system: You are a helpful assistant.
user:
Analyze the provided spectrum to determine if it is a **White Dwarf (WD)**.

A White Dwarf spectrum is defined by its **extreme purity** (due to gravitational settling) and/or **extreme pressure broadening** (due to high surface gravity). You must check for one of the following mutually exclusive signatures:

- **Key Visual Indicators (Check for ONE of these types):**

    - **1. DA-Type Signature (Most Common):**
        - **(Primary Feature):** Extreme pressure broadening (Stark broadening) of the **Hydrogen (H) Balmer lines**.
        - **(Key Lines):** $H\beta$ (approx. $4861$ Å) and $H\gamma$ (approx. $4340$ Å). $H\alpha$ (approx. $6563$ Å) will also be present if the wavelength range covers it.
        - **(Line Profile):** This is the **defining feature**. The lines are **NOT** sharp. They appear as massive, **extremely broad and deep "troughs" or "dips"** in the spectrum, often hundreds of Ångströms wide. The continuum will appear to "scoop" down at these wavelengths.
        - **(Distinction):** Normal A-type or B-type stars have *narrow* and *sharp* Hydrogen lines. A DA White Dwarf's lines are unmistakably "smeared" or "blurry" from pressure.

    - **2. DB-Type Signature:**
        - **(Primary Feature):** Broad absorption lines from **Neutral Helium (He I)**. The spectrum must lack any visible Hydrogen lines.
        - **(Key Lines):** Look for broad absorption near $4471$ Å, $4921$ Å, and $5876$ Å.
        - **(Line Profile):** These lines are also significantly pressure-broadened, appearing much wider than they would in a normal B-type main-sequence star.

    - **3. DC-Type Signature:**
        - **(Primary Feature):** A **featureless continuous spectrum**.
        - **(Line Profile):** The spectrum is a smooth curve with **no significant absorption or emission lines**.
        - **(Key Confirmation):** The continuum is almost always **blue or white**, indicating a hot object. This signature implies the atmosphere is so pure (or so cool) that no spectral lines are visible in the optical range. Its WD identity is confirmed by its extremely low intrinsic brightness (high absolute magnitude).

    - **4. DZ-Type Signature (Metal-Polluted):**
        - **(Primary Feature):** **Isolated, narrow metal absorption lines** on an otherwise featureless (DC-like) continuum.
        - **(Key Lines):** The **Calcium (Ca II) H & K doublet** (approx. **$3934$ Å** and **$3968$ Å**) is the most common and defining feature.
        - **(Line Profile):** These lines are "out of place." They are *not* part of a "forest" of thousands of lines. This signature is evidence of recent *accretion* (pollution) from rocky debris.
        - **(Distinction):** Normal G/K/M stars have a *dense forest* of thousands of metal lines. A DZ has a *clean* continuum with *only a few* strong metal lines.

    - **5. DQ-Type Signature (Carbon-Polluted):**
        - **(Primary Feature):** Absorption bands from **Carbon (C₂ "Swan Bands" or atomic C I)**.
        - **(Key Lines - C₂):** Look for bandheads with a "saw-tooth" shape near $5635$ Å, **$5165$ Å** (strongest), and $4737$ Å.
        - **(Key Confirmation):** The underlying **continuum must be blue or white** (hot).
        - **(Distinction):** This is the critical difference from a **Carbon Star**, which has the *exact same* C₂ bands but on an extremely **red, cool** continuum.

- **(Overall Spectrum):**
    - The continuum (overall shape) is typically **blue-sloping** (brighter in the blue than the red), as most white dwarfs are very hot.
    - The spectrum will look "pure" or "simple," dominated by only *one* of the five signatures listed above.

Think first, call **spectral_visualization_tool** if needed to examine features in detail, then provide your final answer. Your response must adhere to the following strict rules:
1.  **Overall Structure:** Your response must follow the format `<think>...</think> <tool_call>...</tool_call> (if a tool is used) <answer>...</answer>`.
2.  **Tool Usage Constraint:** You may only make **one** tool call per turn.
3.  **Final Answer Format:** In the `<answer>` tag, your conclusion must be inside a `\boxed{}` command (e.g., `\boxed{YES}` or `\boxed{NO}`), followed by your justification.

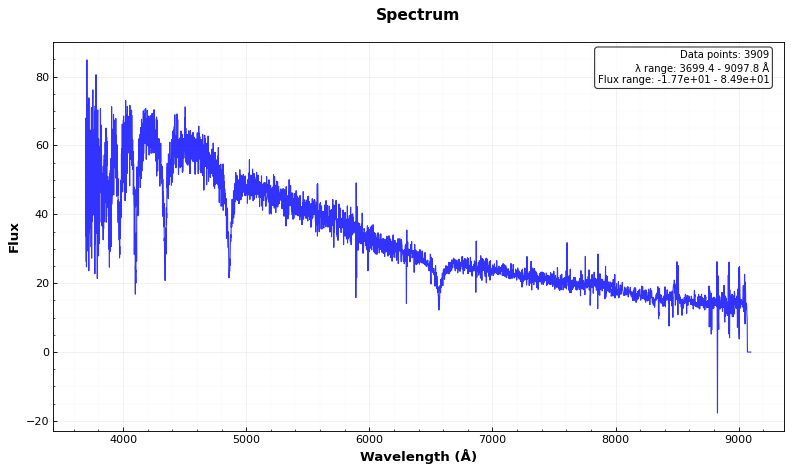
Answer: YES